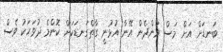
ބަނޑަށް އަށް މަސް ވަންދެން އޭނާ އުޅުނީ ގާތްގަނޑަކަށް ކޮންމެ ދުވަހަކު ވެސް